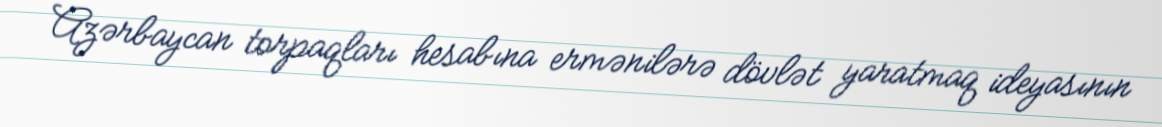
Azərbaycan torpaqları hesabına ermənilərə dövlət yaratmaq ideyasının